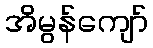
အိမွန်ကျော်